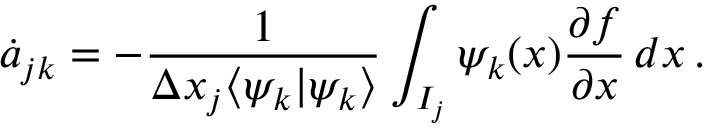
\dot { a } _ { j k } = - \frac { 1 } { \Delta x _ { j } \langle \psi _ { k } | \psi _ { k } \rangle } \int _ { I _ { j } } \psi _ { k } ( x ) \frac { \partial f } { \partial x } \mathop { d x } .